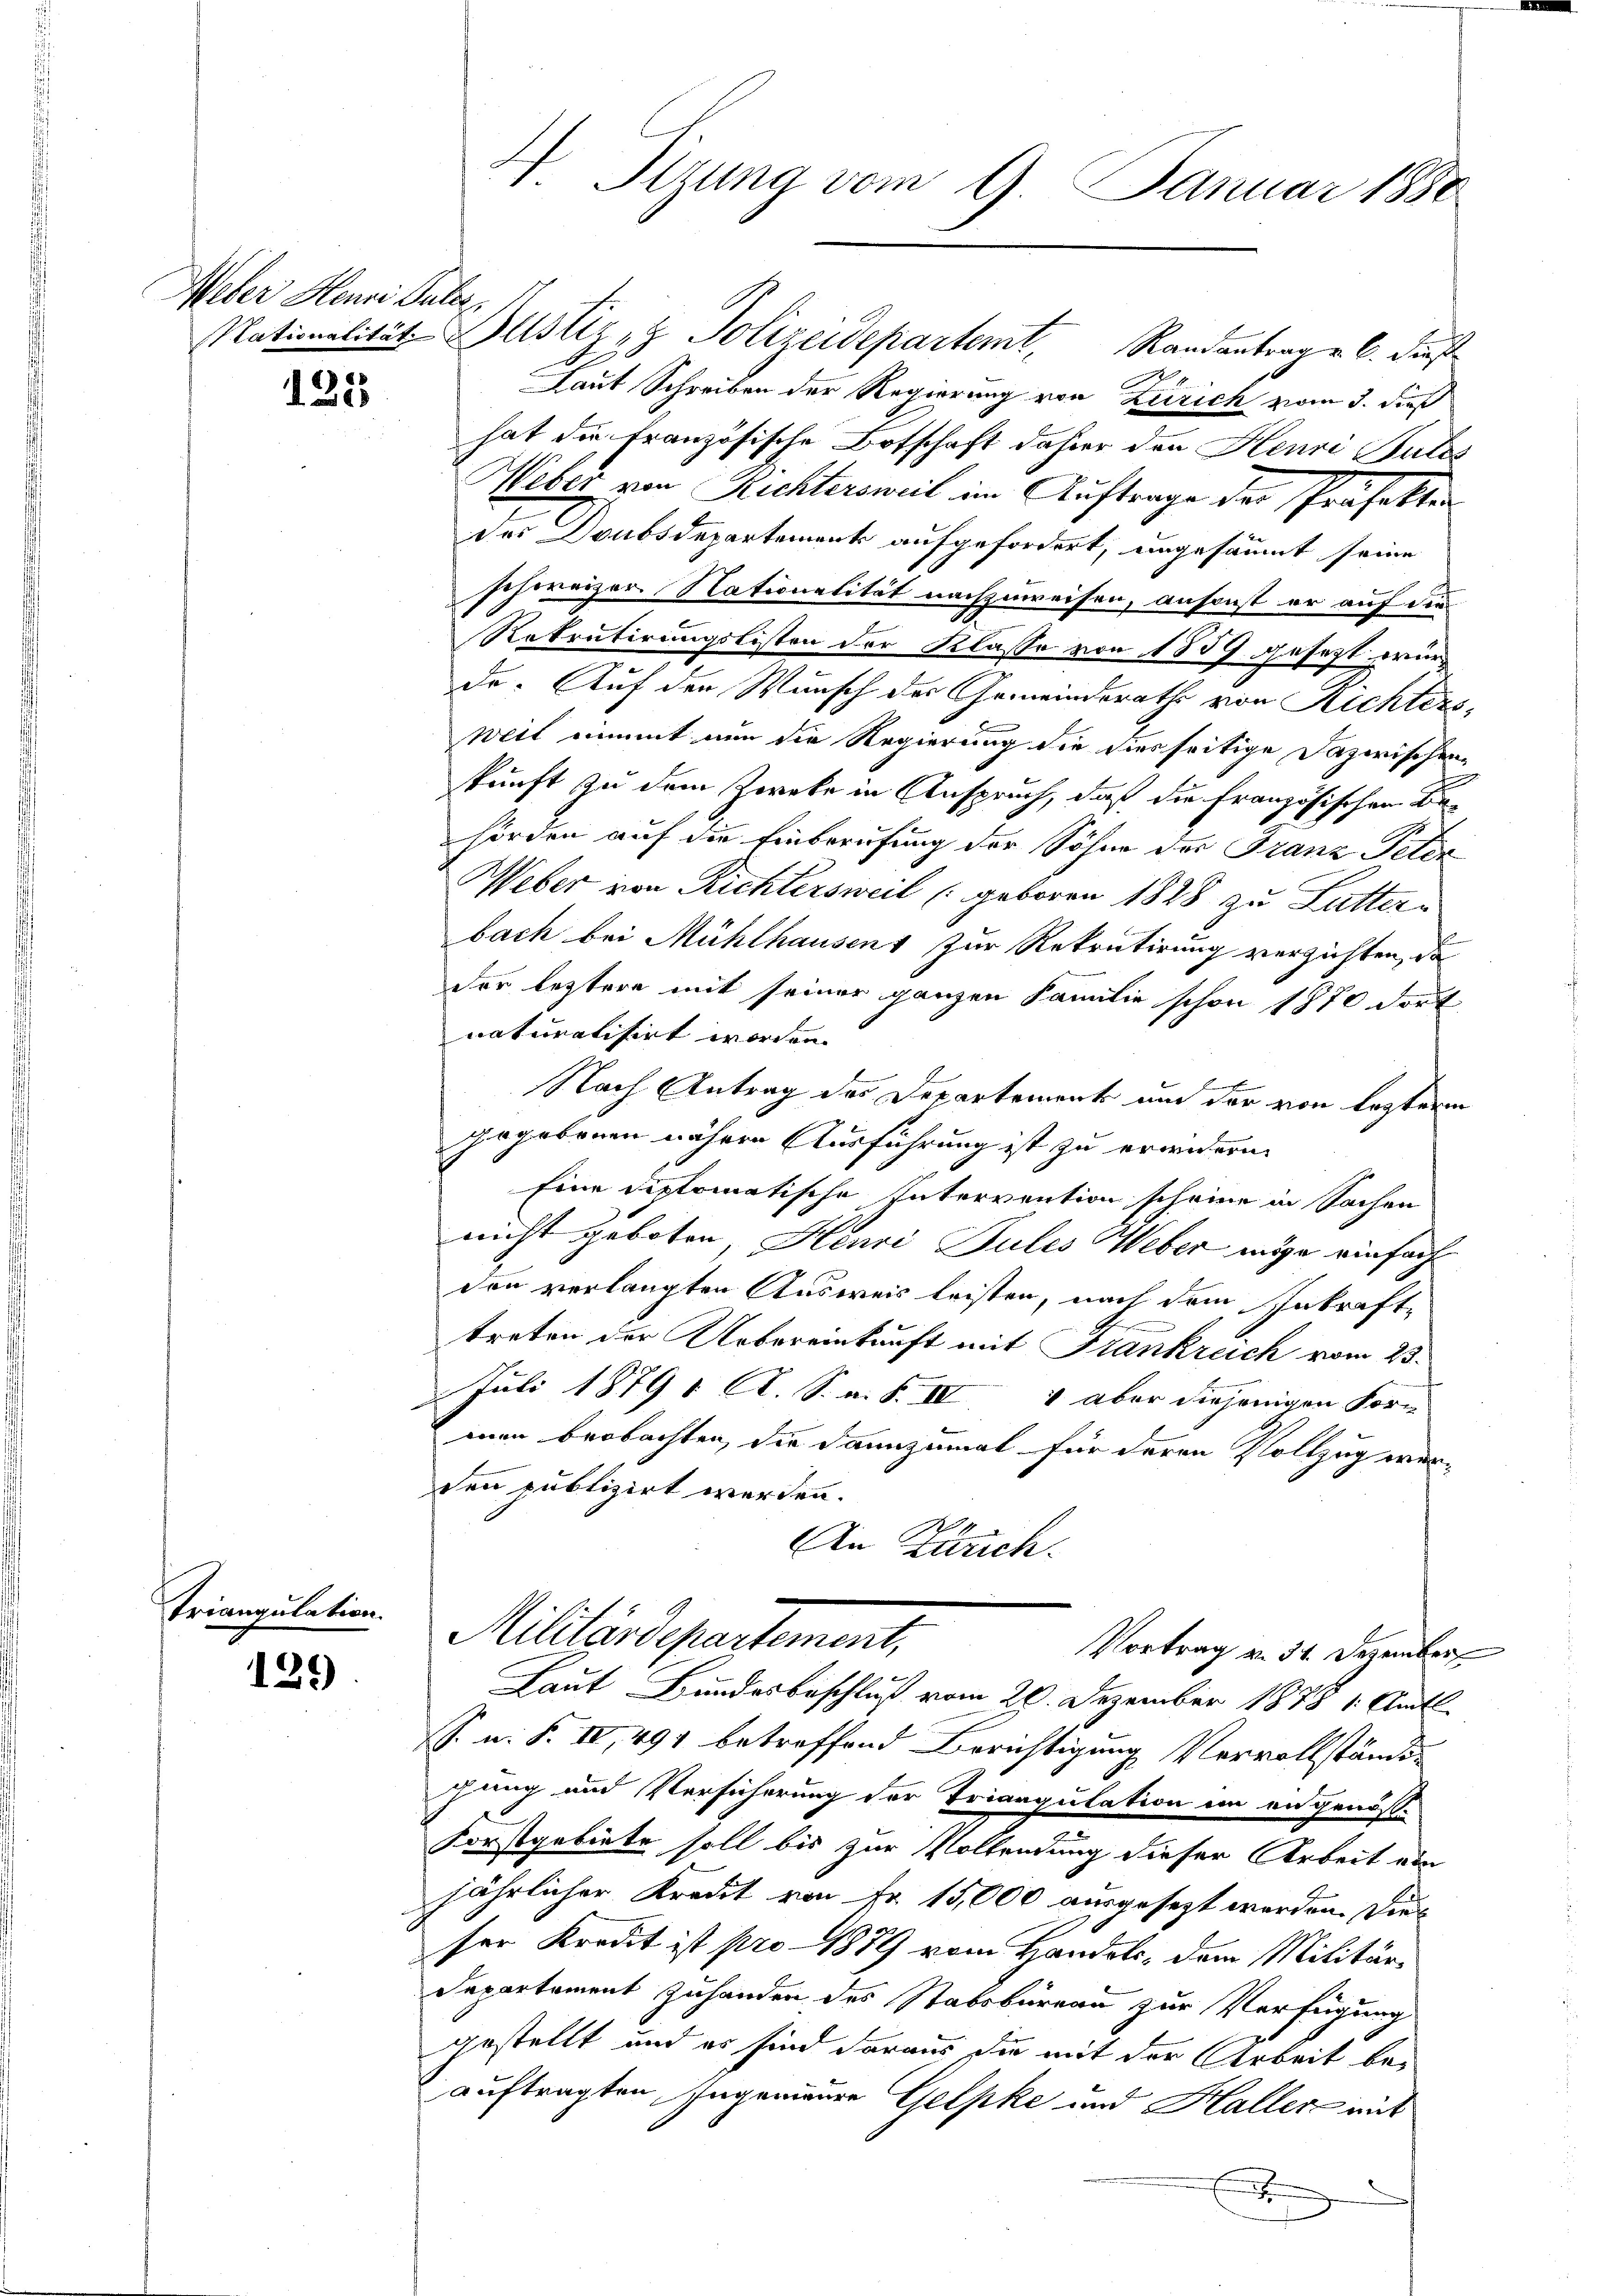
Weber Henri Puler,

1315

Triangulation.

129

t. Sizung vom 9. Januar 1880

Nationalität Justiz & Polizeidepartemt, Randantrag v. 6. dies
Laut Schreiben der Regierung von Zürich vom 3. dieß
hat die Französische Botschaft dahier den Henri Gutes
Weber von Richtersweil im Auftrage der Präfekten
des Doubsdepartement aufgefordert, ungesäumt seine
schweizer. Nationalität nachzuweisen, ansonst er auf die
Rekrutirungslisten der Klasse von 1859 gesetzt würde. Auf den Wunsch der Gemeindsraths von Richters,
weit nimmt nun die Regierung die diesseitige Dazwischen
kunft zu dem Zweke in Anspruch, daß die Französischen Be-
hörden auf die Einberufung der Söhne der Franz Peten
Weber von Richtersweil (geboren 1828 zu Luttern
bach bei Mühlhausens zur Rekrutirung verzichten, da
der leztere mit seiner ganzen Familie schon 1870 dort
naturalisirt worden.
Nach Antrag des Departement und der von lezteren
gegebenen nähere Ausführung ist zu erwidern.
Eine diplomatische Intervention scheine in Sachen
nicht geboten, Henri Pules Weber möge einfach
den verlangten Ausweis leisten, nach dem Inkrafte
treten der Uebereinkunft mit Frankreich vom 25.
 Juli 1879 1. A. S. n. F. IV 1 aber diejenigen For-
men beobachten, die dannzumal für deren Vollzug werden publizirt werden.
An Zürich.
Militärdepartement,
Vortrag u. 34. Dezember
Laut Bundesbeschluß vom 26. Dezember 1878 1. Amtl
S. n. F. IV, 491 betreffend Berichtigung Vervollständigung und Versicherung der Triangulation im an genöss-
Forstgebiete soll bis zur Vollendung dieser Arbeit ein
jährlicher Kredit von Fr. 15,000 ausgesezt werden. Die
ser Kredit ist pro 1879 vom Handels, dem Militär¬
Departement zuhanden des Stabsbureau zur Verfügung
gestellt und es sind daraus die mit der Arbeit beauftragten, Ingenieure Gelpke und Haller mit
J